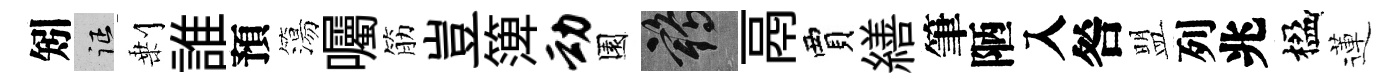
矧征剰誰預簜囑筋豈𥱼动園鶴鬲賈繕筆陋入咎盟列兆楹蓮